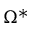
\Omega ^ { * }